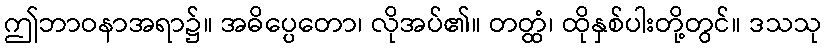
ဤဘာဝနာအရာ၌။ အဓိပ္ပေတော၊ လိုအပ်၏။ တတ္ထံ၊ ထိုနှစ်ပါးတို့တွင်။ ဒသသု